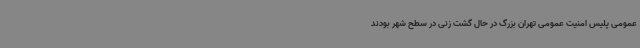
عمومی پلیس امنیت عمومی تهران بزرگ در حال گشت زنی در سطح شهر بودند